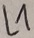
Text: L1